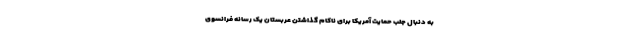
به دنبال جلب حمایت آمریکا برای ناکام گذاشتن عربستان یک رسانه فرانسوی